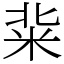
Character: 䉾